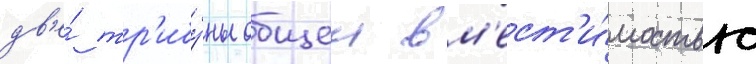
дв'е́ тр'ибу́ны общеи вм'ест'и́мостью